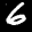
Label: 6